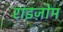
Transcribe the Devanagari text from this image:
राइज़ोम